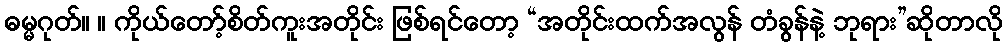
ဓမ္မဂုတ်။ ။ ကိုယ်တော့်စိတ်ကူးအတိုင်း ဖြစ်ရင်တော့ “အတိုင်းထက်အလွန် တံခွန်နဲ့ ဘုရား”ဆိုတာလို